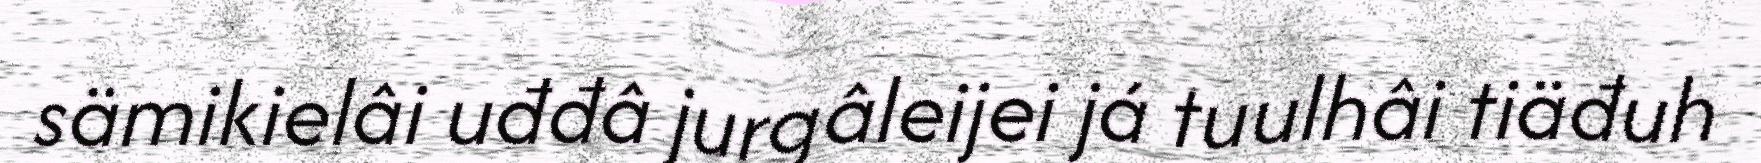
sämikielâi uđđâ jurgâleijei já tuulhâi tiäđuh